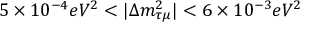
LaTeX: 5 \times 1 0 ^ { - 4 } e V ^ { 2 } < | \Delta m _ { \tau \mu } ^ { 2 } | < 6 \times 1 0 ^ { - 3 } e V ^ { 2 }